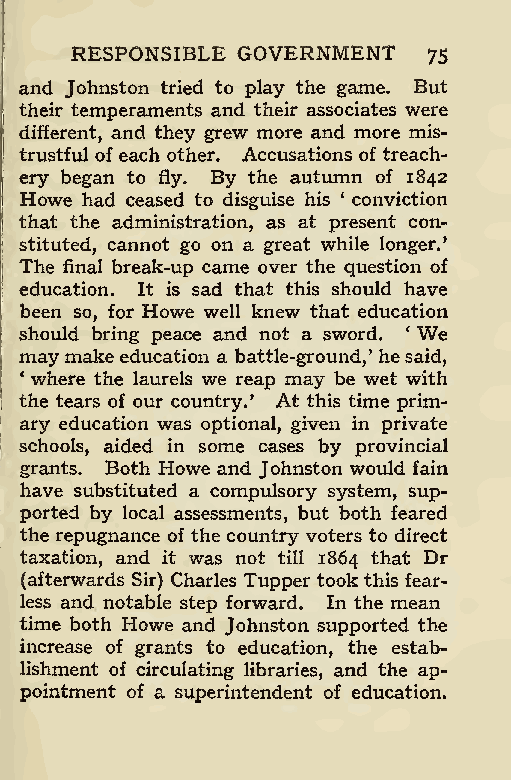
RESPONSIBLE GOVERNMENT
 75
 and Johnston tried to play the game. But
 their temperaments and their associates were
 different, and they grew more and more mis-
 trustful of each other. Accusations of treach-
 ery began to fly. By the autumn of 1842
 Howe had ceased to disguise his ‘ conviction
 that the administration, as at present con-
 stituted, cannot go on a great while longer.’
 The final break-up came over the question of
 education. It is sad that this should have
 been so, for Howe well knew that education
 should bring peace and not a sword. 4 We
 may makeeducation a battle-ground,’ hesaid,
 4 where the laurels we reap may be wet with
 the tears of our country.’ At this time prim-
 ary education was optional, given in private
 schools, aided in some cases by provincial
 grants. Both Howe and Johnston would fain
 have substituted a compulsory system, sup-
 ported by local assessments, but both feared
 | the repugnance of the country voters to direct
 taxation, and it was not till 1864 that Dr
 (afterwards Sir) Charles Tupper took this fear-
 less and notable step forward. In the mean
 time both Howe and Johnston supported the
 increase of grants to education, the estab-
 lishment of circulating libraries, and the ap-
 pointment of a superintendent of education.